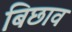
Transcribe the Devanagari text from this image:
बिछाव